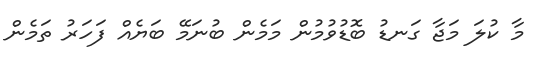
މާ ކުލަ މަޖާ ގަނޑު ބޮޑުވުމުން މަމެން ބުނަމޭ ބަޔެއް ފަހަރު ތަމެން